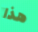
هذا